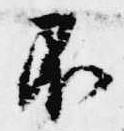
不